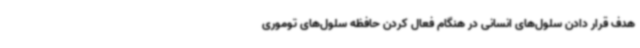
هدف قرار دادن سلول‌های انسانی در هنگام فعال کردن حافظه سلول‌های توموری